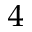
^ 4